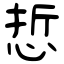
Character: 悊